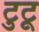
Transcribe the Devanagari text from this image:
टुटू